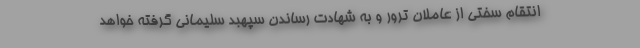
انتقام سختی از عاملان ترور و به شهادت رساندن سپهبد سلیمانی گرفته خواهد